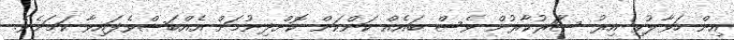
އިން ހަވާލުވި އިރު ސަަރުކާރުން ވެސް ބައެއް ކަންކަން ކޮށްދިނުމަށް އެއްބަސްވެފައިވާ ކަމަށެވެ.